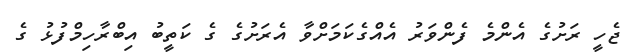
ޖެހީ ރަށުގެ އެންމެ ފެންވަރު އެއްގެކަމަށްވާ އެރަށުގެ ގެ ކަތީބު އިބްރާހިމްފުޅު ގެ